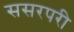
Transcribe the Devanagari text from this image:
ससरपरी